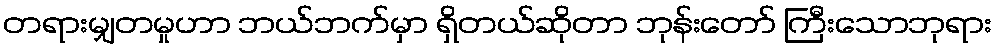
တရားမျှတမှုဟာ ဘယ်ဘက်မှာ ရှိတယ်ဆိုတာ ဘုန်းတော် ကြီးသောဘုရား